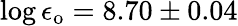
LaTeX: \log{\epsilon_{\mathrm{o}}}=8.70\pm 0.04